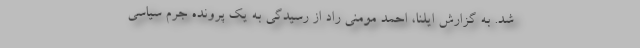
شد. به گزارش ایلنا، احمد مومنی راد از رسیدگی به یک پرونده جرم سیاسی